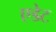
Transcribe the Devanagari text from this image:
एडेट